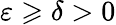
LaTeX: \varepsilon\geqslant\delta>0